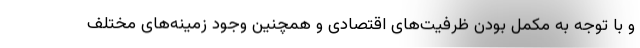
و با توجه به مکمل بودن ظرفیت‌های اقتصادی و همچنین وجود زمینه‌های مختلف